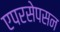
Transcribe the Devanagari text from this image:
एपरसेपसन